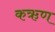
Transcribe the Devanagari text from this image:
कऋण